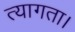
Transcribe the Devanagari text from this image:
त्‍यागता।